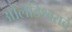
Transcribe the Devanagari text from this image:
ओलांडेश्वराचे